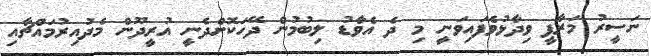
ނަސީރު މަރާފީ ވިދާޅުވެފައިވަނީ މި ދެ އެވާޑު ލިބުމުން ދޭހަކޮށްދެނީ އުރީދޫން މެދުއިރުމައްޗާއި